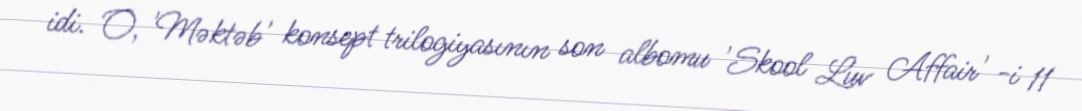
idi. O, 'Məktəb' konsept trilogiyasının son albomu 'Skool Luv Affair' -i 11